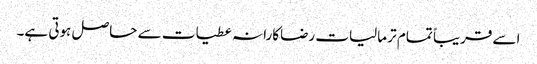
اسے قریباً تمام تر مالیات رضاکارانہ عطیات سے حاصل ہوتی ہے۔